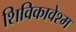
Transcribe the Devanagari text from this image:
शिविकावेश्म